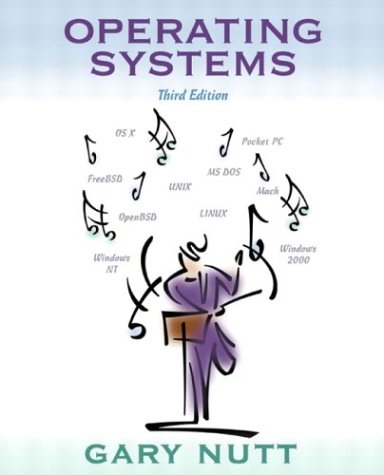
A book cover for Operating Systems (3rd Edition); Gary Nutt; Computers & Technology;